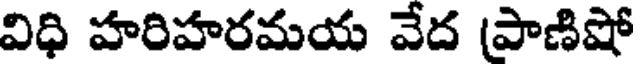
విధి హరిహరమయ వేద (పాణిషో